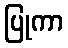
ပြုကာ